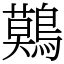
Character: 𪅐